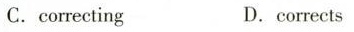
C. correcting D.corrects